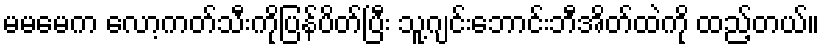
မမမေက လော့ကတ်သီးကိုပြန်ပိတ်ပြီး သူ့ဂျင်းဘောင်းဘီအိတ်ထဲကို ထည့်တယ်။